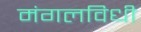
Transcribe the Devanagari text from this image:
मंगलविधी